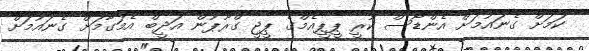
ކަމަށް ގެނައުމަށް އެންޑޯސް ކުރީ ޕީޕީއެމްގެ ޕީޖީ ގްރޫޕުން އަދީބް އެމަގާމަށް ގެނައުމަށް